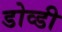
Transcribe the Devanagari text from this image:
डोव्डी